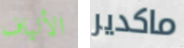
الألياف ماكدير